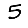
Digit: 5